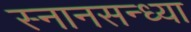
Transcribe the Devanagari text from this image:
स्नानसन्ध्या